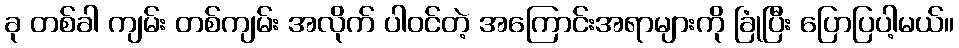
ခု တစ်ခါ ကျမ်း တစ်ကျမ်း အလိုက် ပါဝင်တဲ့ အကြောင်းအရာများကို ခြုံပြီး ပြောပြပါ့မယ်။